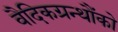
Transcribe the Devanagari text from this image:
वैदिकग्रन्थौंको